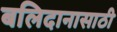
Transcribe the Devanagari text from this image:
बलिदानासाठी